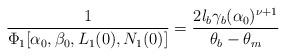
LaTeX: \begin{align*} \dfrac{1}{\Phi_1[\alpha_0,\beta_0, L_1(0), N_1(0)]}=\dfrac{2l_b\gamma_b(\alpha_0)^{\nu+1}}{\theta_b-\theta_m}\end{align*}